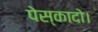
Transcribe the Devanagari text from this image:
पेस्कादो।